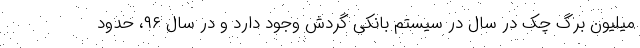
میلیون برگ چک در سال در سیستم بانکی گردش وجود دارد و در سال ۹۶، حدود